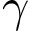
\gamma